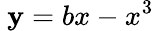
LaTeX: \ \mathbf{y}=bx-x^{3}